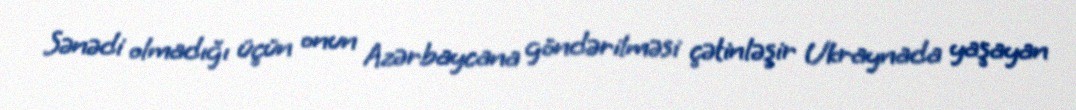
Sənədi olmadığı üçün onun Azərbaycana göndərilməsi çətinləşir Ukraynada yaşayan